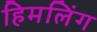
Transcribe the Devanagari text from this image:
हिमलिंग